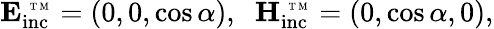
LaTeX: \mathbf{E_{\mathrm{inc}}^{\mathrm{~\tiny~T~M~}}}=(0,0,\cos\alpha),\; \; \mathbf{H_{\mathrm{inc}}^{\mathrm{~\tiny~T~M~}}}=(0,\cos\alpha,0),